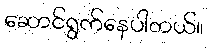
ဆောင်ရွက်နေပါတယ်။